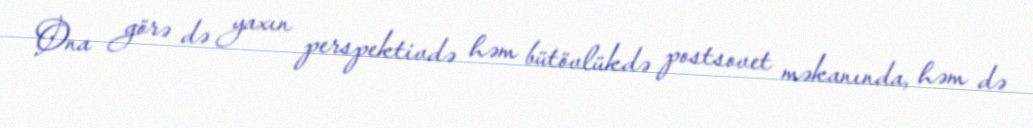
Ona görə də yaxın perspektivdə həm bütövlükdə postsovet məkanında, həm də